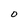
Character: O